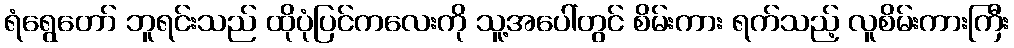
ရံရွေတော် ဘူရင်းသည် ထိုပုံပြင်ကလေးကို သူ့အပေါ်တွင် စိမ်းကား ရက်သည့် လူစိမ်းကားကြီး